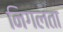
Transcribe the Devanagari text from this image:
निगलता